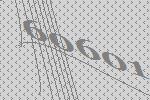
60601